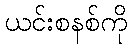
ယင်းစနစ်ကို